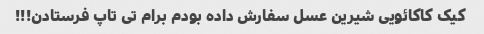
کیک کاکائویی شیرین عسل سفارش داده بودم برام تی تاپ فرستادن!!!